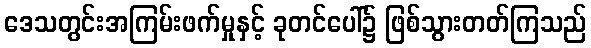
ဒေသတွင်းအကြမ်းဖက်မှုနှင့် ခုတင်ပေါ်၌ ဖြစ်သွားတတ်ကြသည်